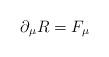
LaTeX: \begin{align*}\partial_\mu R = F_\mu\end{align*}